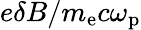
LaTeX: e\delta B/m_{\mathrm{e}}c\omega_{\mathrm{p}}